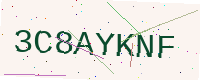
Text: 3C8AYKNF